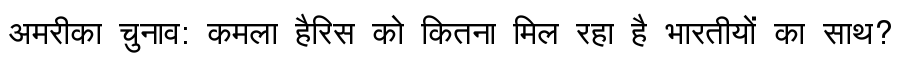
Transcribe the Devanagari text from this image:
अमरीका चुनाव: कमला हैरिस को कितना मिल रहा है भारतीयों का साथ?